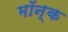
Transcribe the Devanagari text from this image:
मॉन्क